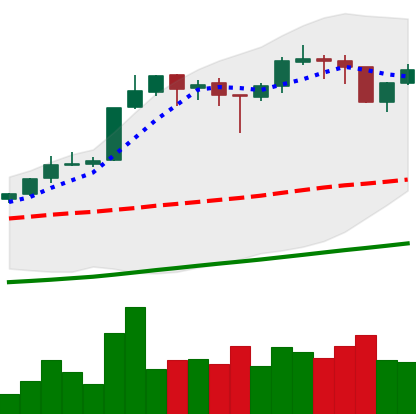
Ticker: BTC-USD
Chart end date: 2017-10-26
Forward return: 9.544%
Label: up_7plus